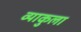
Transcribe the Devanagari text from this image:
व्याकुला